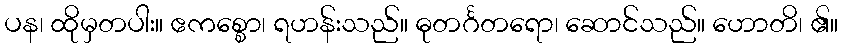
ပန၊ ထိုမှတပါး။ ဧကစ္စော၊ ရဟန်းသည်။ ဓုတင်္ဂတရော၊ ဆောင်သည်။ ဟောတိ၊ ၏။